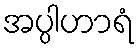
အပ္ပါဟာရံ